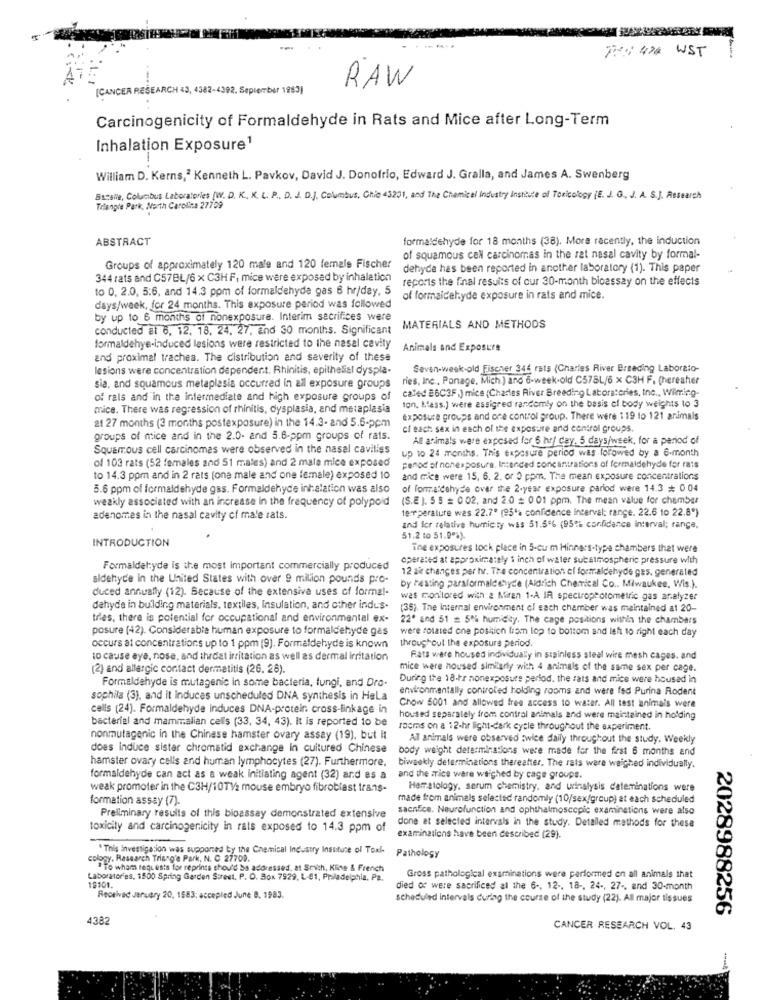
PR: 424 WST
-
(CANCER RESEARCH 43, 4382-4392. September 1983]
RAW
Carcinogenicity of Formaldehyde in Rats and Mice after Long-Term
Inhalation Exposure1
William D. Kerns,2 Kenneth L. Pavkov, David J. Donofrio, Edward J. Gralla, and James A. Swenberg
Bataile, Columbus Laboratories [W. D. K. K. L. P ., D. J. D.J. Columbus, Chic 43201, and The Chemical Industry Institute of Toxicology (E. J. G ., J. A. S.J. Assearch
Triangle Park, North Carolina 27709
ABSTRACT
formaldehyde for 18 months (38). More recently, the induction
of squamous cell carcinomas in the rat nasal cavity by formal-
Groups of approximately 120 male and 120 female Fischer
dehyde has been reported in another laboratory (1). This paper
344 rats and C57BL/6 x C3H F, mice were exposed by inhalation
reports the final results of our 30-month bioassay on the effects
to 0, 2.0, 5:6, and 14.3 ppm of formaldehyde gas 6 hr/day. 5
of formaldehyde exposure in rats and mice.
days/week, for 24 months. This exposure period was followed
by up to 6 months of nonexposure. Interim sacrifices were
conducted al 6, 12, 18, 24. 27, End 30 months. Significant
MATERIALS AND METHODS
formaldehye-induced lesions were restricted to the nasal cavity
Animals and Exposure
and proximal trachea. The distribution and severity of these
lesions were concentration dependent. Rhinitis, epithelial dyspla-
Seven-week-old Fischer 346 rats (Charles River Breeding Laboraio-
ries, Inc ., Ponage, Mich ) ano 6-week.old C578L/6 x C3H F. (hereaher
sia, and squamous metaplasia occurred in all exposure groups
called 26C3F.) mice (Charles River Breeding Laboratories, Inc ., Wilming-
of rals and in the intermediate and high exposure groups of
mice. There was regression of rhinitis, dysplasia, and metaplasia
ton. Kass.) were assigned randomly on the basis of body weights to 3
21 27 months (3 months postexposure) in the 14.3- and 5.6-ppm
exposure groups and one control group. There were 119 to 121 animals
cf each: sex in each of the exposure and control groups.
groups of mice and in the 2.0. and 5.6-ppm groups of rats.
All animals were exposed for 6 hr/ Cay. 5 days/week, for a period of
Squamous cell carcinomas were observed in the nasal cavities
up to 24 months. This exposure period was forowed by a 6-month
of 103 rats (52 females and 51 males) and 2 male mice exposed
penod of nonexposure. Intended concentrations of formaldehyde for rats
to 14.3 ppm and in 2 rats (one male and one female) exposed 10
and rice were 15, 6. 2. or 3 ppm. The mean exposure concentrations
5.6 ppm of formaldehyde gas. Formaldehyde inhalation was also
of forma dehyde over the 2-year exposure pariod were 14.3 0 04
(S.E ). 5 5 # 0 02, and 2.0 = 0 01 ppm. The mean value for chamber
weakly associated with an increase In the frequency of polypoid
temperature was 22.7" (95'% confidence Interval: range. 22.6 to 22.8")
adenomes in the nasal cavity cf ma'e rats.
and ler relative humidity was 51.5% (95% confidence Interval; range,
51.2 to 51.9%).
INTRODUCTION
The exposures tock place in 5-cu m Hinners-type chambers that were
operated at approximately 1 inch of water subatmospheric pressure with
Formaldehyde is the most important commercially produced
12 air changes per hr. The concentration el formaldehyde ges, generated
aldehyde in the United States with over 9 milion pounds pro-
duced annually (12). Because of the extensive uses of formal-
by Festing parsformaldehyde (Aldrich Chemical Co .. Miwaukee, Wis.).
was monitored with a Miren 1-A IR spectrophotometric gas ar.alyzer
dehyde in building materials, textiles, Insulation, and other indus-
(35). The Internal environment el each chamber was maintained at 20-
tries, there is potential for occupational and environmental ex-
22' and 51 # 50% humidity. The cage positions within the chambers
posure (42). Considerable human exposure to formaldehyde gas
were rotated one positich from lop to bottom and left to right each day
throughout the exposure period.
occurs at concentrations up to 1 ppm (9). Formaldehyde is known
to cause aye, nose, and thedet irritation as well as dermal irritation
Rats were housed individually in stainless steel wire mesh cages. and
(2) and allergic contact dermatitis (26. 28).
mice were noused similarly with 4 animals of the same sex per cage.
Formaldehyde is mutagenic in some bacteria, fungi, and Dro-
During the 18-hr nonexposure period, the rats and mice were housed in
environmentally controled holding rooms and were fed Purina Rodent
sophila (3), and it induces unscheduled DNA synthesis in Hela
cells (24). Formaldehyde induces DNA-protein cross-linkage in
Chow 5001 and allowed free access to water. All test animais were
bacterial and mammalian cells (33, 34, 43). It is reported to be
housed separately from control animals and were maintained in holding
rooms on a 12-hr light-dark cycle throughout the experiment.
nonmutagenic in the Chinese hamster ovary assay (19), but it
Al animals were observed :wice daily throughout the study. Weekly
does induce sister chromatid exchange in cultured Chinese
body weight determinations were made for the first 6 months and
hamster ovary cells and human lymphocytes (27). Furthermore,
biweekly determinations thereafter. The rats were weighed individually.
formaldehyde can act as a weak Initiating agent (32) and es a
and the mrice were weighed by cage groups.
weak promoter in the C3H/10TV2 mouse embryo fibroblast trans-
Hematology, serum chemistry, and urinalysis dateminations were
formation assay (7).
made from animals selected randomly (10/sex/group) at each scheduled
sacnice. Neurofunction and ophthalmoscopic examinations were also
Preliminary results of this bioassay demonstrated extensive
toxicity and carcinogenicity in rats exposed to 14.3 ppm of
done at selected intervals in the study. Detailed methods for these
examinations have been described (29).
" This investigation was supported by the Chemical Industry Institute of Tork
cology. Research Trisso'e Park, N. C 27709.
Pathology
"To whom requests for reprints should be addressed. at Smith, Kline & French
Laboratories, 1800 Spring Garden Street. P. O. Box 7929, L-61, Philadelphia, Pa.
Gross pathological examinations were performed on all animals that
19101.
died of were sacrificed al the 6 -. 12 -, 18 -, 24 -, 27 -, and 30-month
Received January 20, 1583; accepled June 8, 1983.
scheduled intervals during the course of the study (22). All major tissues
2028988256
4382
CANCER RESEARCH VOL. 43